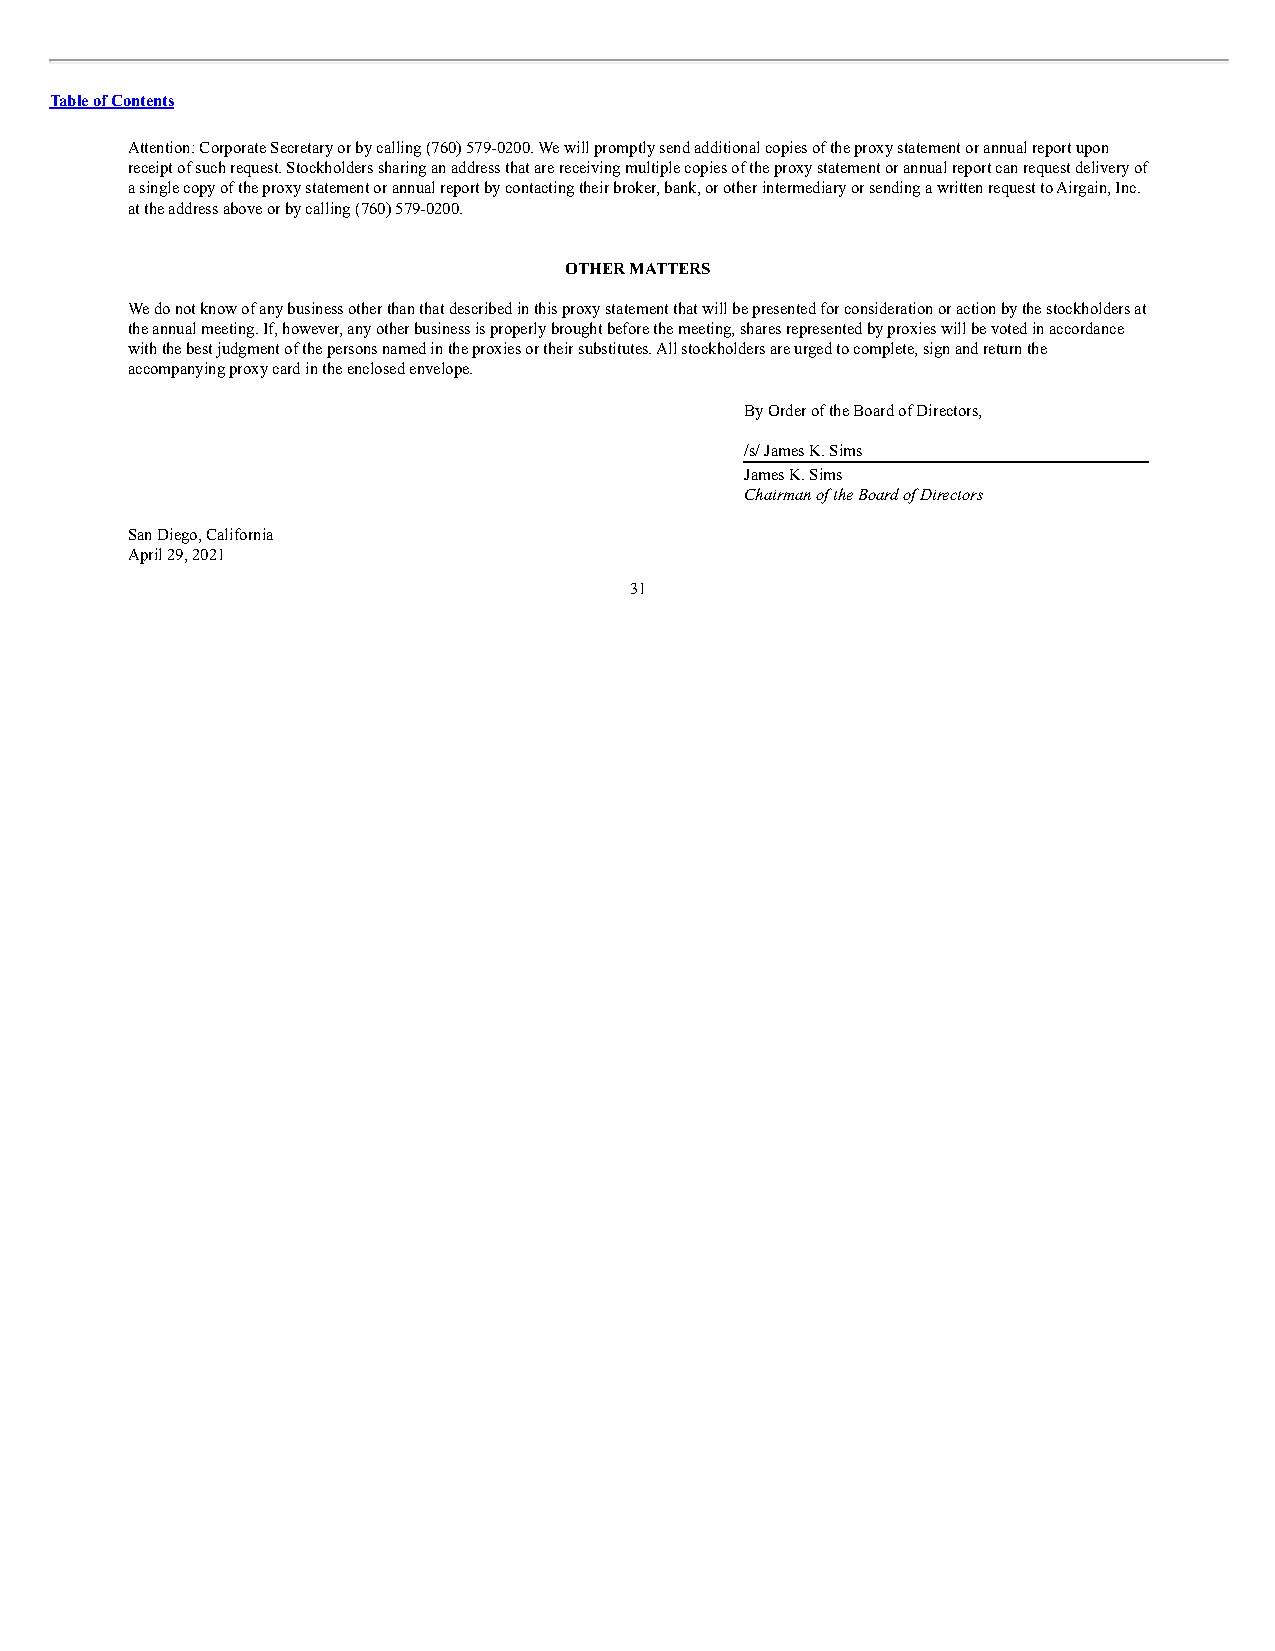
Table of Contents
 Attention: Corporate Secretary or by calling (760) 579-0200. We will promptly send additional copies of the proxy statement or annual report upon
 receipt of such request. Stockholders sharing an address that are receiving multiple copies of the proxy statement or annual report can request delivery of
 a single copy of the proxy statement or annual report by contacting their broker, bank, or other intermediary or sending a written request to Airgain, Inc.
 at the address above or by calling (760) 579-0200.
 OTHER MATTERS
 We do not know of any business other than that described in this proxy statement that will be presented for consideration or action by the stockholders at
 the annual meeting. If, however, any other business is properly brought before the meeting, shares represented by proxies will be voted in accordance
 with the best judgment of the persons named in the proxies or their substitutes. All stockholders are urged to complete, sign and return the
 accompanying proxy card in the enclosed envelope.
 By Order of the Board of Directors,
 /s/ James K. Sims
 James K. Sims
 Chairman of the Board of Directors
 San Diego, California
 April 29, 2021
 31